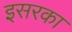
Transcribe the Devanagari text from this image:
इसरका